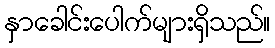
နှာခေါင်းပေါက်များရှိသည်။